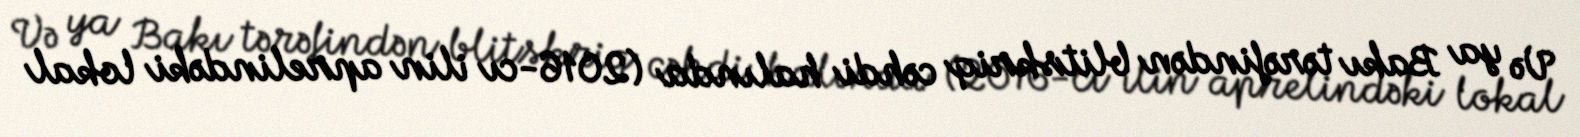
Və ya Bakı tərəfindən blitskriq cəhdi halında (2016-cı ilin aprelindəki lokal